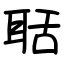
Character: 聒